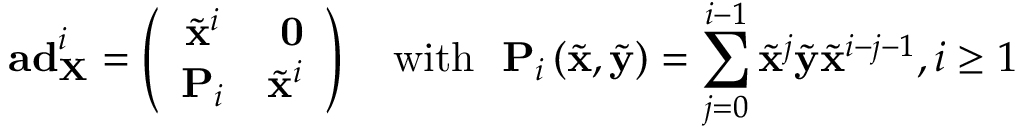
\mathbf { a d } _ { \mathbf { X } } ^ { i } = \left( \begin{array} { c c } { \tilde { \mathbf { x } } ^ { i } } & { \ \mathbf { 0 } } \\ { \mathbf { P } _ { i } } & { \tilde { \mathbf { x } } ^ { i } } \end{array} \right) \ \ \ \mathrm { w i t h } \ \ \mathbf { P } _ { i } \left( \tilde { \mathbf { x } } , \tilde { \mathbf { y } } \right) = \sum _ { j = 0 } ^ { i - 1 } \tilde { \mathbf { x } } ^ { j } \tilde { \mathbf { y } } \tilde { \mathbf { x } } ^ { i - j - 1 } , i \geq 1